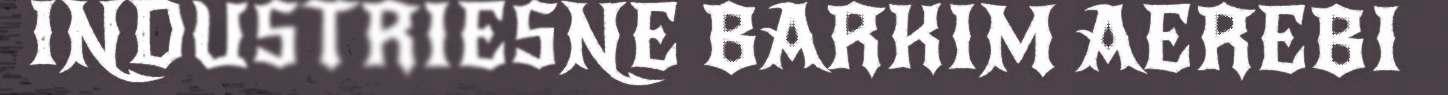
INDUSTRIESNE BARKIM AEREBI